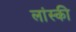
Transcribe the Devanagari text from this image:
लांस्की